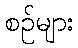
စဉ်များ